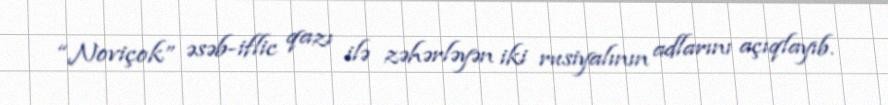
“Noviçok” əsəb-iflic qazı ilə zəhərləyən iki rusiyalının adlarını açıqlayıb.